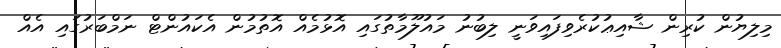
މިލިޔުން ކުރިން ޝާއިޢުކުރެވިފައިވަނީ ލިބުނު މައުލޫމާތުގައި އޮޅުމެއް އޮތުމުން އެކައުންޓް ނަމްބަރުގައި އެއް